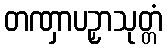
တဏှာပဉှာသုတ္တံ